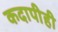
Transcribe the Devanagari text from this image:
कदापीही